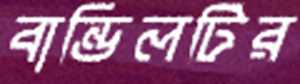
বান্ডিলটির